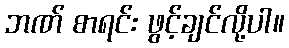
ဘဏ် စာရင်း ဖွင့်ချင်လို့ပါ။